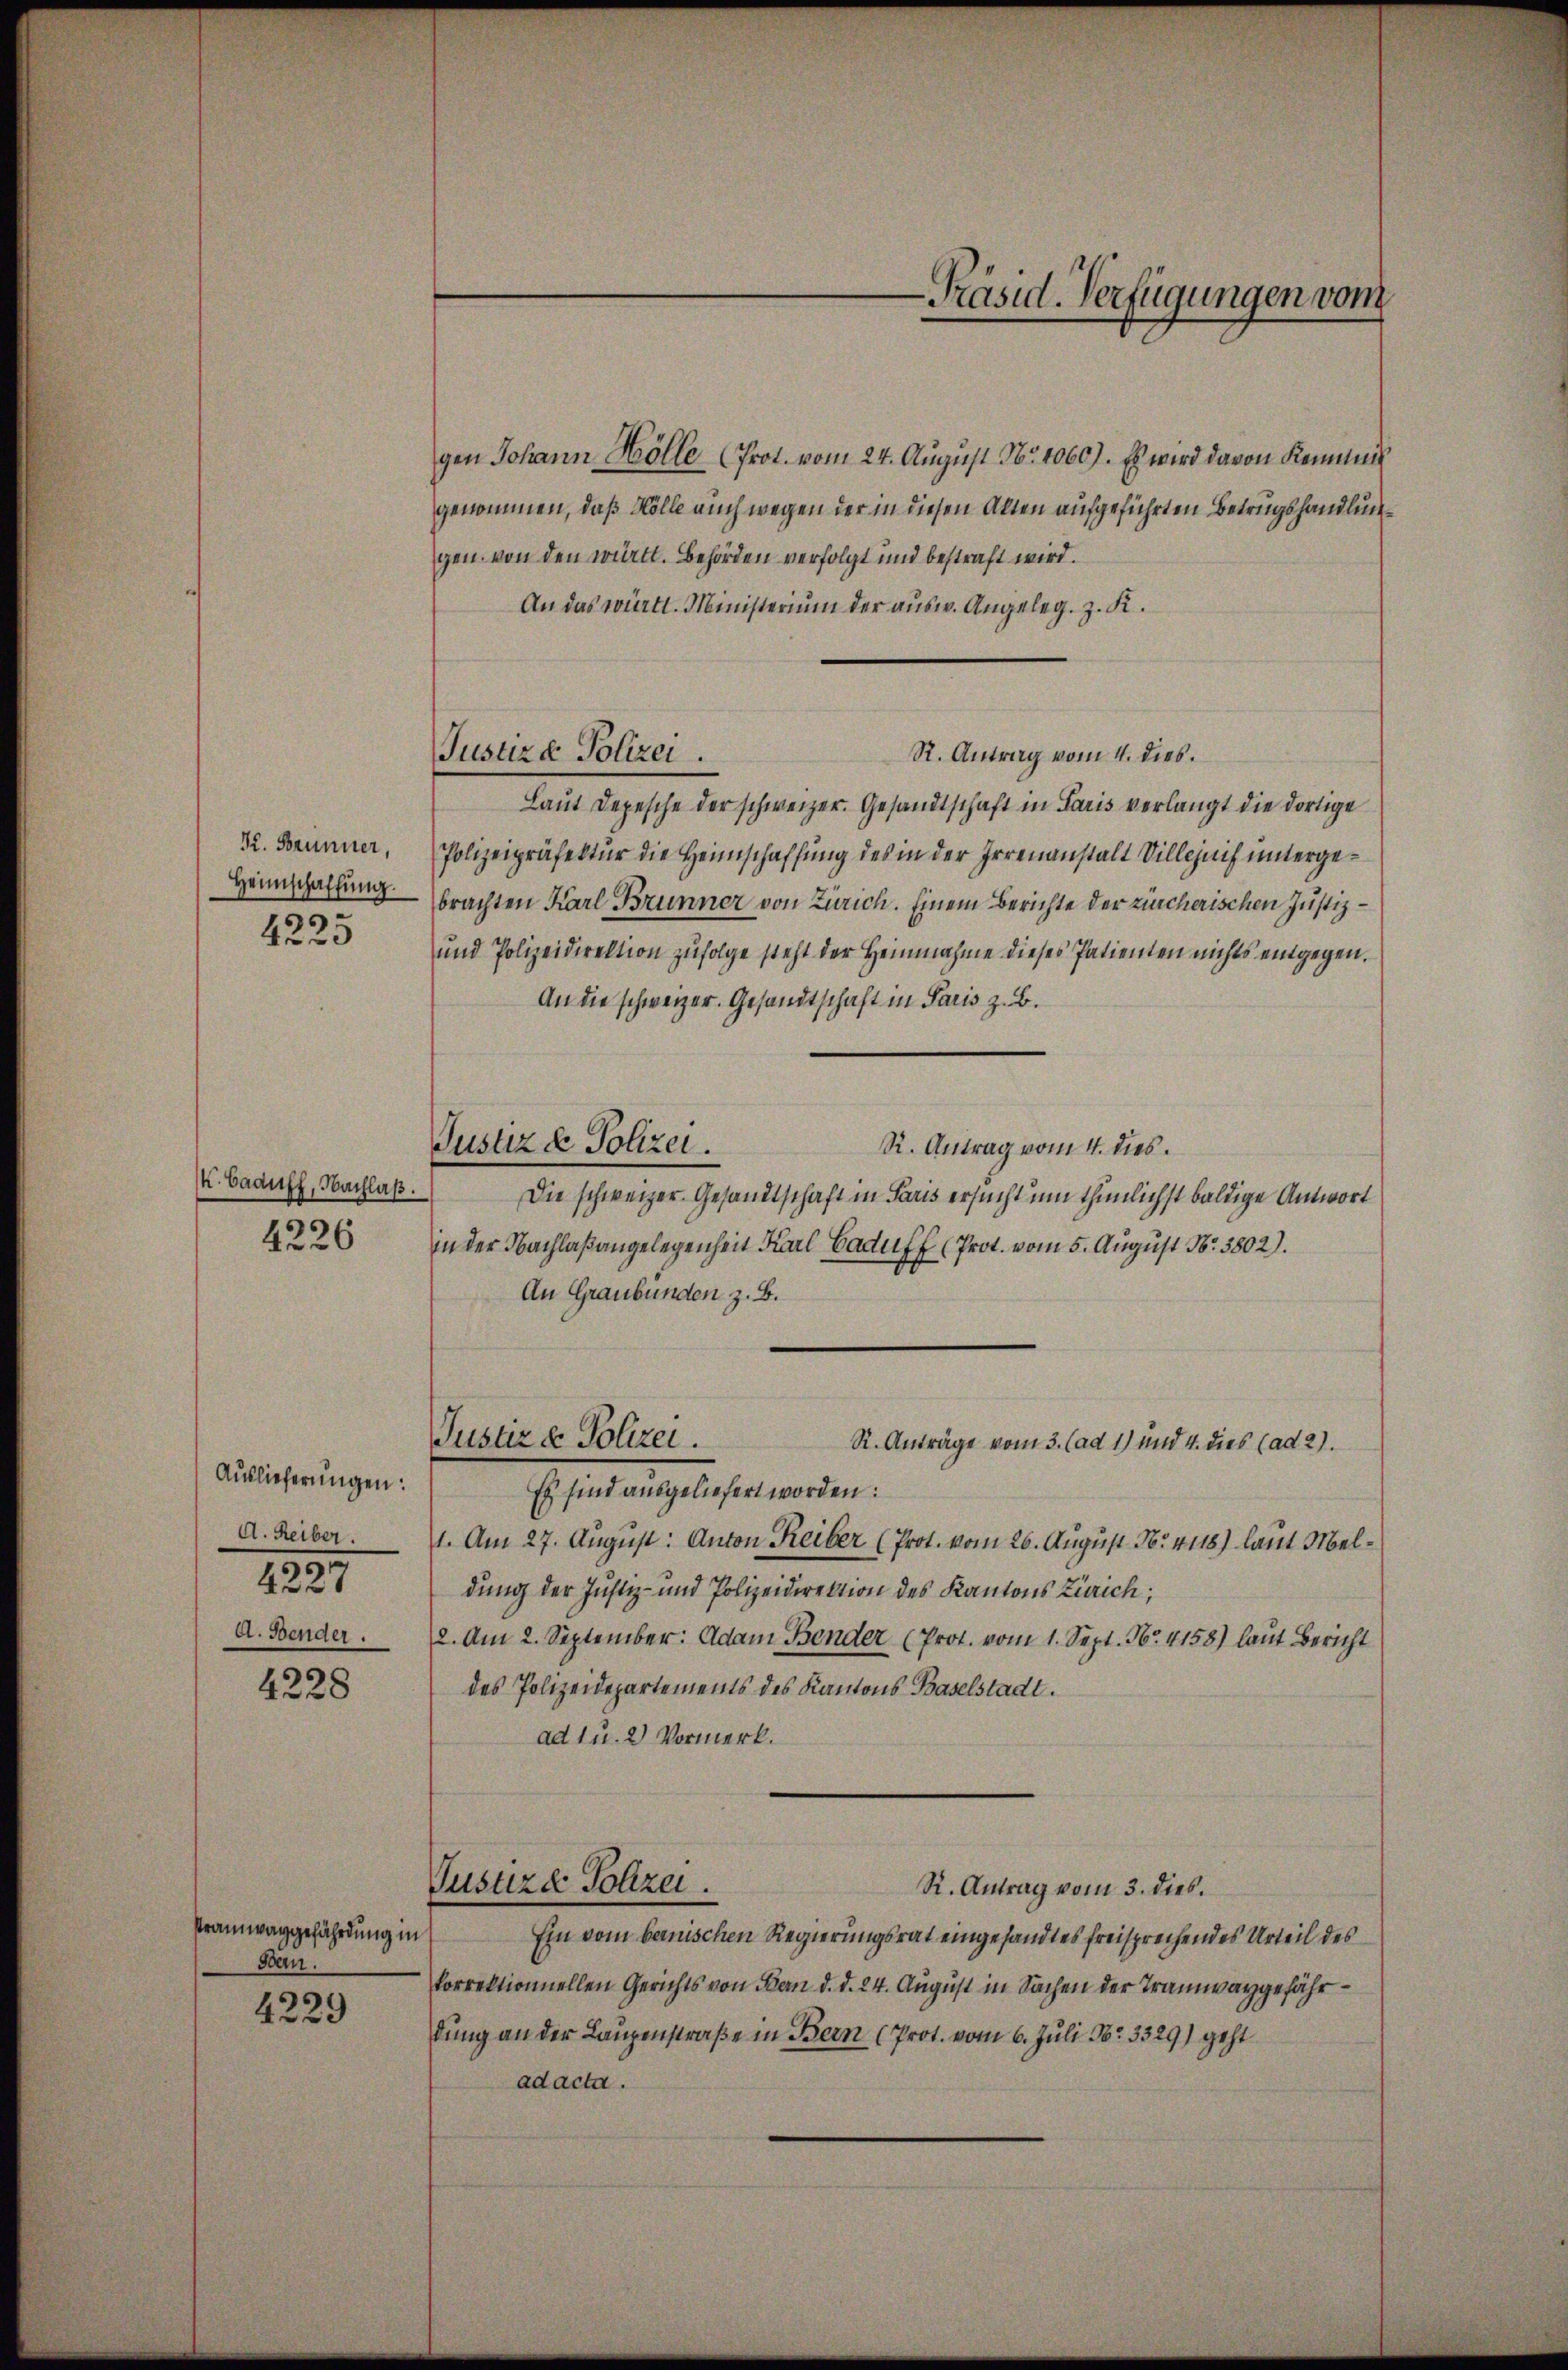
K. Brünner,
Heimschaffung.
4225

K. Baauff, Nachlaß.
4226

Auslieferungen:
A. Heiber.
4227
A. Bender.

4228

Pramwaggefährdung in
Ben.

4229

Justiz & Polizei.

gen Johann Hölle (Prot. vom 24. August No. 4060). Es wird davon Kenntnis
genommen, daß Hölle auch wegen der in diesen Alten aufgeführten Betrugshandlungen von den württ. Behörden verfolgt und bestraft wird.
An das württ. Ministerium der ausw. Angeleg. z. K.
R. Antrag vom 4. dies.
Laut Depesche der schweizer. Gesandtschaft in Paris verlangt die dortige
Polizeipräfektur die Heimschaffung des in der Irrenanstalt Villezuch untergebrachten Karl Brunner von Zürich. Einem Berichte der zürcherischen Justiz¬
und Polizeidirektion zufolge steht der Heinnahme dieses Patienten nichts entgegen.
An die schweizer. Gesandtschaft in Paris z. B.
Justiz & Polizei.
R. Antrag vom 4. dies
Die schweizer Gesandtschaft in Paris ersucht um thunlichst baldige Antwort
in der Nachlaßangelegenheit Karl Baduff (Prot. vom 5. August Nr. 3802).
An Graubünden z. B.
Justiz & Polizei.
R. Anträge vom 3. (ad 1) und 4. dies (ad 2).
Es sind ausgeliefert worden:
1. Am 27. August: Anton Reiber (Prot. vom 26. August No. 4118) laut Meldung der Justiz- und Polizeidirektion des Kantons Zürich;
2. Am 2. September: Adam Bender (Prot. vom 1. Sept. Nr. 4158) laut Bericht
des Polizeidepartements des Kantons Baselstadt.
ad u. 2) Vormerk.

Präsid. Verfügungen vom

Justizd Polizei.
R. Antrag vom 3. dies.

Ein vom bernischen Regierungsrat eingesandtes freisprechendes Urteil des
korrektionnellen Gerichts von Bau d. d. 24. August in Sachen der Tramwaygefährdung an der Laupenstraße in Bern (Prot. vom 6. Juli No 3329) geht
ad acta.